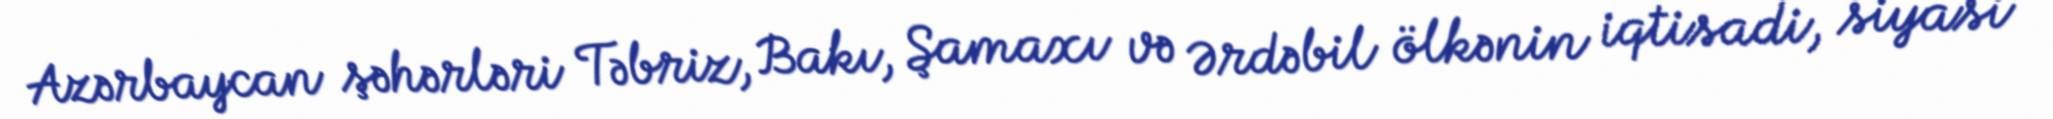
Azərbaycan şəhərləri Təbriz, Bakı, Şamaxı və Ərdəbil ölkənin iqtisadi, siyasi